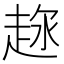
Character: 𧻦